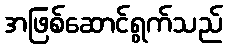
အဖြစ်ဆောင်ရွက်သည်